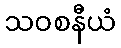
သဝစနီယံ